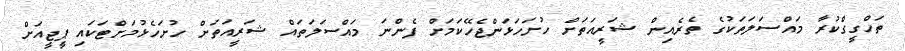
ތަހްގީގްކުރާ މައްސަލަތަކުގެ ތެރެއިން ޝަރީއަތަށް ހުށަހަޅަންޖެހޭކަމަށް ފެންނަ މައްސަލަތައް ޝަރީއަތަށް ހުށަހެޅުމަށްޓަކައި ޕީޖީއަށް